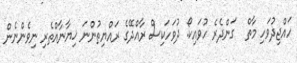
ހައްޖިދުވަހި މާތް  ގަންދެރެ ހުވައިކޯ. ދުވަހަކިސް ރާއްދޭގެ ރައްޔިތުންނަ ޚިޔާނާއްތެރި ނިވެންނެން